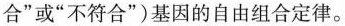
合”或“不符合”)基因的自由组合定律。